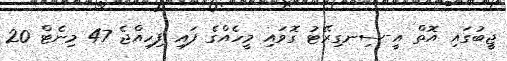
ޖީބުގައި އޮތް އީ-ސިނގިރޭޓު ގޮވައި މީހެއްގެ ފައި ފިހިއްޖެ 47 މިނެޓް 20